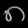
Digit: ၈